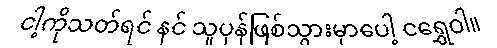
ငါ့ကိုသတ်ရင် နင် သူပုန်ဖြစ်သွားမှာပေါ့ ငရွှေဝါ။